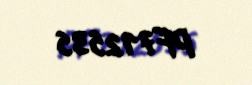
PF712535